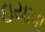
ઇયાવા